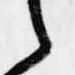
言